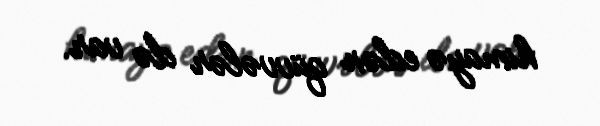
himayə edən qüvvələr də var.